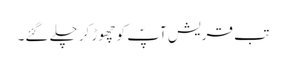
تب قریش آپؐ کو چھوڑ کر چلے گئے۔